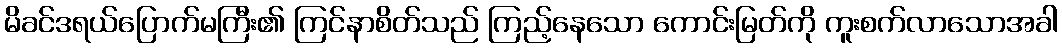
မိခင်ဒရယ်ပြောက်မကြီး၏ ကြင်နာစိတ်သည် ကြည့်နေသော ကောင်းမြတ်ကို ကူးစက်လာသောအခါ